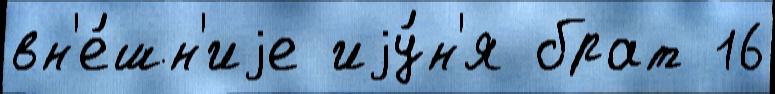
вн'е́шн'иjе иjу́н'я брат 16